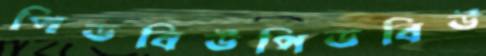
পিডবিউপিডবিউ